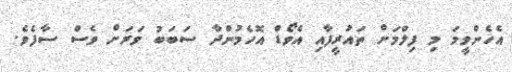
އެހެންވީމަ މި ފިލްމަށް ތައުރީފާއި އެވޯޑް އޮހެމުންދާ ސަބަބު ވަރަށް ވެސް ސާފެވެ.